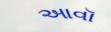
આવૉ